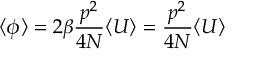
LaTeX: \langle \phi \rangle = 2 \beta \frac { p ^ { 2 } } { 4 N } \langle U \rangle = \frac { p ^ { 2 } } { 4 N } \langle U \rangle